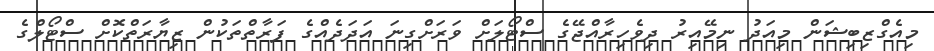
މިއެގްޒިބިޝަން މިއަދު ނިމޭއިރު ދިވެހިރާއްޖޭގެ ސްޓޯލަށް ވަރަށްގިނަ އަދަދެއްގެ ފަރާތްތަކުން ޒިޔާރަތްކޮށް ސްޓޯލްގެ